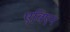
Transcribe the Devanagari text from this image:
एविएन